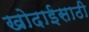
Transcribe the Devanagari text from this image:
खोदाईसाठी